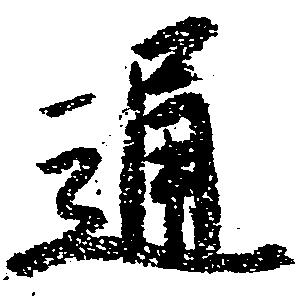
通